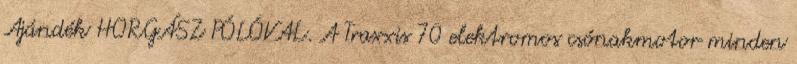
Ajándék HORGÁSZ PÓLÓVAL. A Traxxis 70 elektromos csónakmotor minden